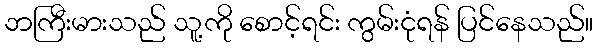
ဘကြီးမားသည် သူ့ကို စောင့်ရင်း ကွမ်းငုံရန် ပြင်နေသည်။